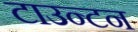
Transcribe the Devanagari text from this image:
टाउन्टन